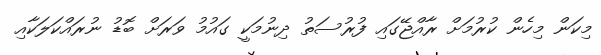
މިކަން މިހެން ކުރުމަށް ރާއްޖޭގައި ފުރުސަތު ދިނުމަކީ ގައުމު ވަރަށް ބޮޑު ނުރައްކަލަކާއި